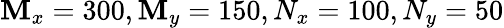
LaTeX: \mathbf{M}_{x}=300,\mathbf{M}_{y}=150,N_{x}=100,N_{y}=50